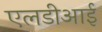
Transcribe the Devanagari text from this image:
एलडीआई